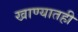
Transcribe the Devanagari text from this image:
खाण्यातही